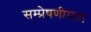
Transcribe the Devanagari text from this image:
सम्प्रेषणीयता